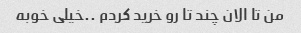
من تا الان چند تا رو خرید کردم ..خیلی خوبه